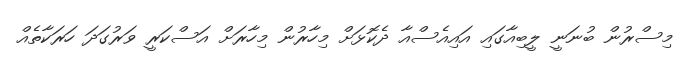
މިސްރުން ބުނަނީ ލީބިއާގައި އައިއެސްއާ ދެކޮޅަށް މިހާރުން މިހާރަށް އަސްކަރީ ވަރުގަދަ ހަރަކާތެއް